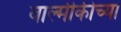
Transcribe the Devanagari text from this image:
वाल्मीकीच्या